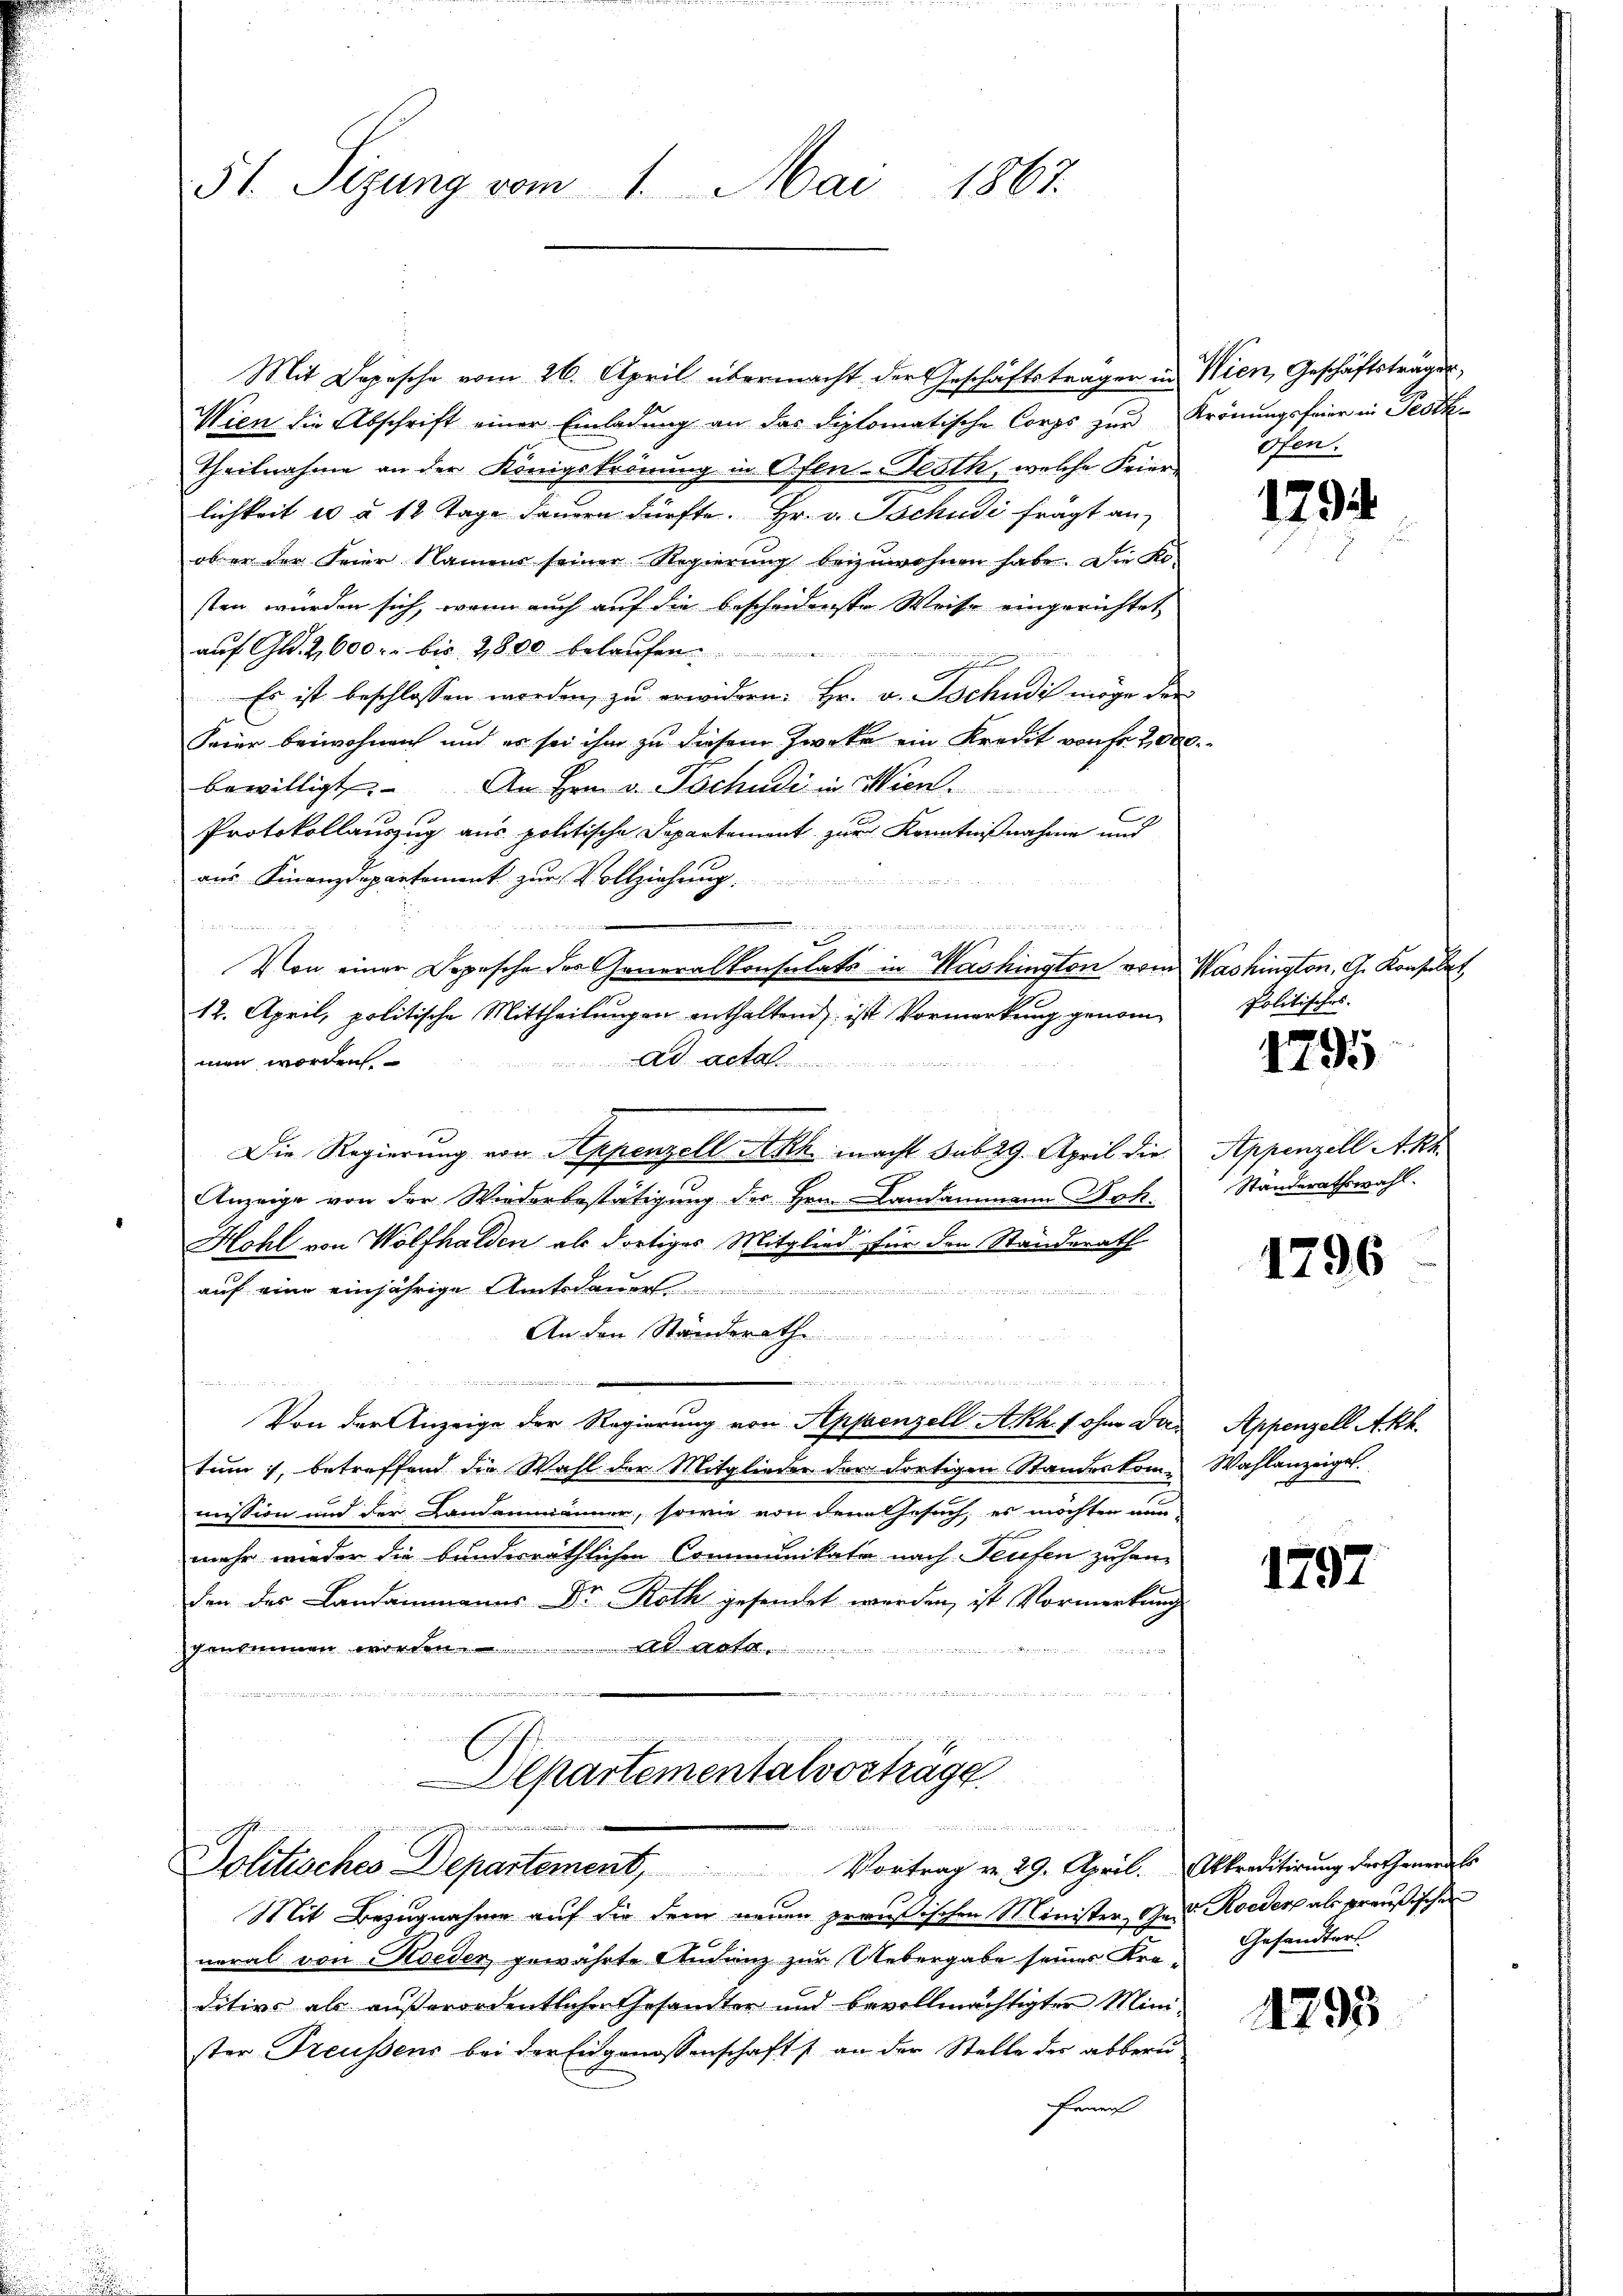
Mit Depesche vom 26. April übermacht der Geschäftsträger in Wien, Geschäftsträger,
.
Wien die Abschrift einer Einladung an das diplomatische Corps zur Krönungsfeier in Proth
Theilnahme an der Königströnung in Ofen-Festh, welche Feierlichkeit 10 à 10 Tage dauern dürfte. Hr. v. Tschudi frägt an
ober der Feier Namens seiner Regierung beizuwohnen habe. Die Ko
sten würden sich, wenn auch auf die bescheidenste Weise eingerichtet
auf Gl. 2,000. bis 2800 belaufen.

Es ist beschlossen worden, zu erwidern: Hr. v. Tschudi möge der
Feier beiwohnen und es sei ihm zu diesem Zwecke ein Kredit von Fr. 2000.
bewilligt. An Hrn. v. Tschudi in Wien.
Protokollauszug aus politische Departement zur Kenntnißnahme und
aus Finanzdepartement zur Vollziehung.
en
Von einer Depesche der Generalkonsulats in Mashington vom Washington, G. Konsulat
12. April, politische Mittheilungen enthaltend ist Vormerkung genom¬
Ad acta
men worden.
Die Regierung von Appenzell Akh macht sub 29. April die Appenzell Akt.
Anzeige von der Wiederbestätigung der Hrn. Landammann Dok-
Hohl von Wolfhalden als dortiges Mitglied für den Standerath
auf eine einjährige Amtsdauer.
An den Standerath

Von der Anzeige der Regierung von Appenzell Akh. f ohne Vertum, betreffend die Wahl der Mitglieder der dortigen Standeskom-Wahlanzeigel.
mission und der Landammänner, sowie von dem Gesuch, es möchten nun-
mehr wieder die bunderräthlichen Communikate nach Teufen zuhan-
den der Landammanns Dr. Roth gesendet werden, ist Vormerkung
genommen worden.
ss ich in der
int seinen eine Rath den wurde er den ist,

51. Sizung vom 1. Mai 1867

Erache Rege
Alkartementalvortrage
nnchen werden
und einen ein
Politisches Departement, Vortrag von 29. April. Akreditirung der Generals

Ofen.

Mit Bezugnahme auf die dem neuen preußischen Minister, Gast Roeder als preußischen
neral von Koeder gewährte Studenz zur Uebergabe seiner Kre- Gesandters
ditivs als außerordentlichen Gesandter und bevollmächtigter Mini-
ster Treussens bei der Eidgenossenschafts an der Stelle der abberu¬
Erne

1794.

Politisches.

1795

Ständerathswahl.

1796

Appenzell Akk.

1797

1793